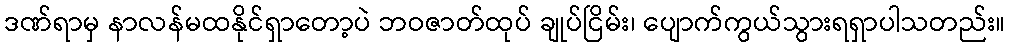
ဒဏ်ရာမှ နာလန်မထနိုင်ရှာတော့ပဲ ဘဝဇာတ်ထုပ် ချုပ်ငြိမ်း၊ ပျောက်ကွယ်သွားရရှာပါသတည်း။